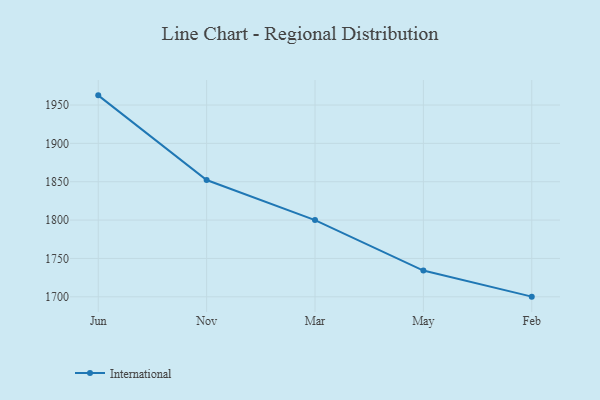
{"axis": {"x": "Month", "y": "Website Visitors"}, "legend": ["International"], "data": [{"x": "Jun", "y": 1962.6, "type": "International"}, {"x": "Nov", "y": 1852.2, "type": "International"}, {"x": "Mar", "y": 1800.0, "type": "International"}, {"x": "May", "y": 1734.2, "type": "International"}, {"x": "Feb", "y": 1700.2, "type": "International"}]}